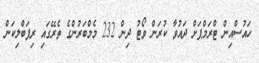
ހައުސްއިން ޓްރަމްޕަށް ދައުވާ ކުރަން ވޯޓު ދިން 232 މެމްބަރުންގެ ތެރޭގައި ރިޕަބްލިކަން